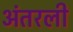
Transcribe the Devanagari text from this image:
अंतरली